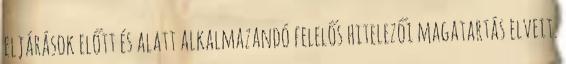
eljárások előtt és alatt alkalmazandó felelős hitelezői magatartás elveit.